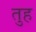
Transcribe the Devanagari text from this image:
तुह